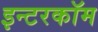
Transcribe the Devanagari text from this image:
इन्टरकॉम